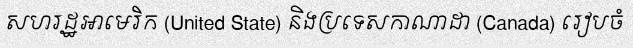
សហរដ្ឋអាមេរិក (United State) និងប្រទេសកាណាដា (Canada) រៀបចំ